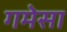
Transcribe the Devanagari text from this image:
गमेसा